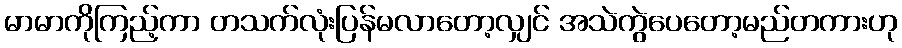
မာမာကိုကြည့်ကာ တသက်လုံးပြန်မလာတော့လျှင် အသဲကွဲပေတော့မည်တကားဟု